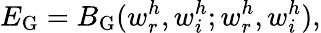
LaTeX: E_{\mathrm{G}}=B_{\mathrm{G}}(w_{r}^{h},w_{i}^{h};w_{r}^{h},w_{i}^{h}),